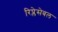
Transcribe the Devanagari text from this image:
रिप्लेसेबल